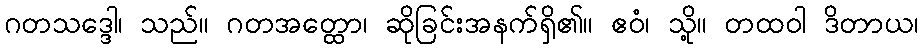
ဂတသဒ္ဒေါ၊ သည်။ ဂတအတ္ထော၊ ဆိုခြင်းအနက်ရှိ၏။ ဧဝံ၊ သို့။ တထဝါ ဒိတာယ၊